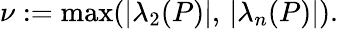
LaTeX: \nu:=\operatorname*{max}(|\lambda_{2}(P)|,\, |\lambda_{n}(P)|).